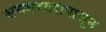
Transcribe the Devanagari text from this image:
संगमरवरापासून